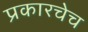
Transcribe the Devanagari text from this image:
प्रकारचेच